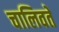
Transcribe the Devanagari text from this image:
चालिवते